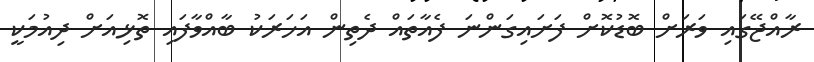
ރާއްޖޭގައި ވަރަށް ބޮޑުކޮށް ފަށައިގަންނަ ފެއާތައް ދެތިން އަހަރަކު ބާއްވާފައި ތޮޅިއަށް ދިއުމަކީ